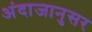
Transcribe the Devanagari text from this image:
अंदाजानुसर